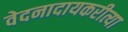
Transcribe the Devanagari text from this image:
वेदनादायकरीत्या